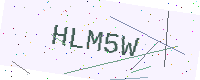
Text: HLM5W